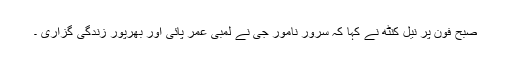
صبح فون پر نیل کنٹھ نے کہا کہ سرور نامور جی نے لمبی عمر پائی اور بھرپور زندگی گزاری ۔